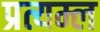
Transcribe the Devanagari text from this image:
प्रत्यम्ल